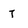
Character: t